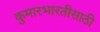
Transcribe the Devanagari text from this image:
कुमारभारतीसाठी